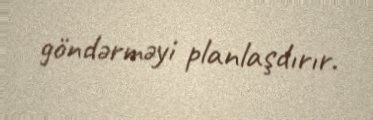
göndərməyi planlaşdırır.